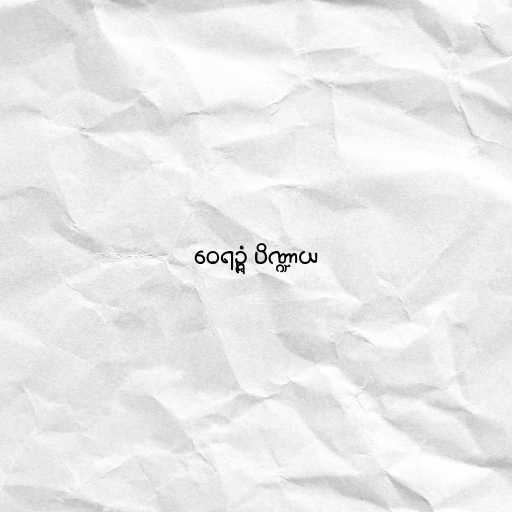
ဝေရဉ္ဇံ ပိဏ္ဍာယ